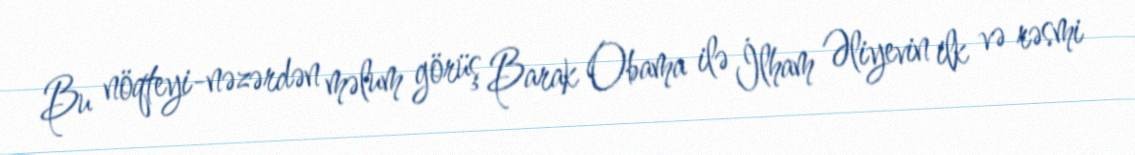
Bu nöqteyi-nəzərdən məlum görüş Barak Obama ilə İlham Əliyevin ilk və rəsmi